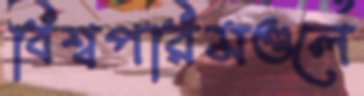
বিশ্বপরিমণ্ডলে